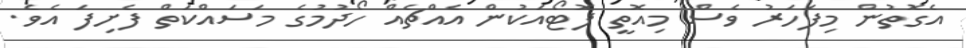
އެގޮތުން މިފަހަރު ވެސް މިއޮތީ ފޮޓޯއަކުން އެއްޗެއް ހޯދުމުގެ މަސައްކަތް ފެށިފަ އެވެ.